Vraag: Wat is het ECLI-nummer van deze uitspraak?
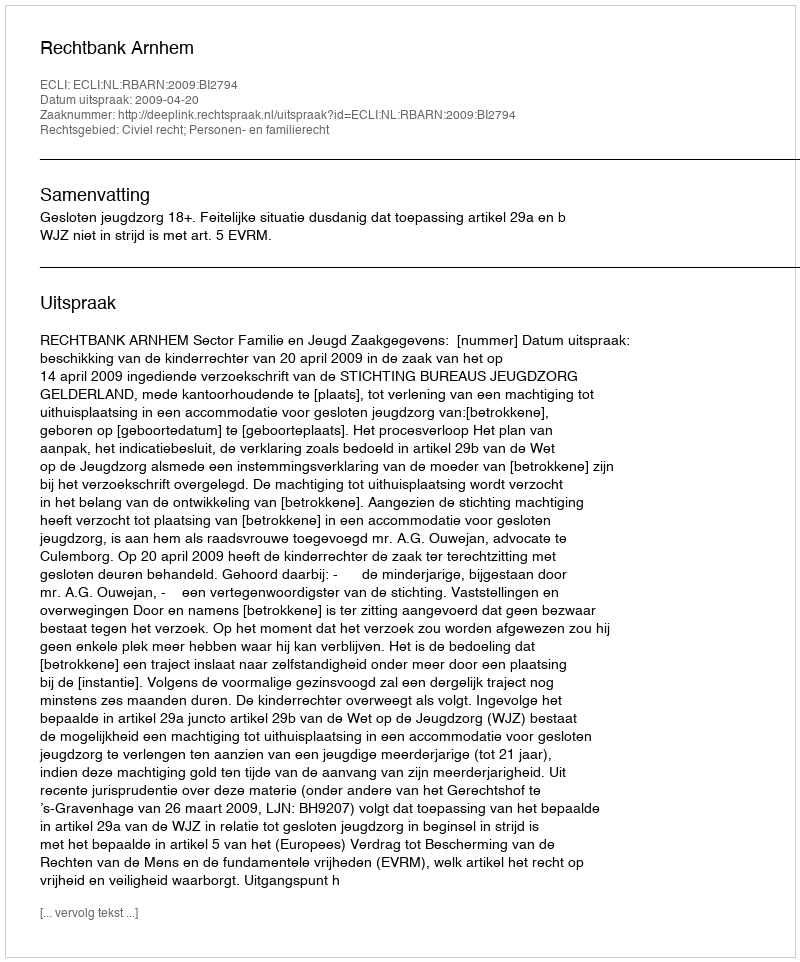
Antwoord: ECLI:NL:RBARN:2009:BI2794